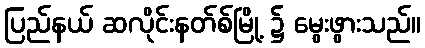
ပြည်နယ် ဆလိုင်းနတ်စ်မြို့ ၌ မွေးဖွားသည်။